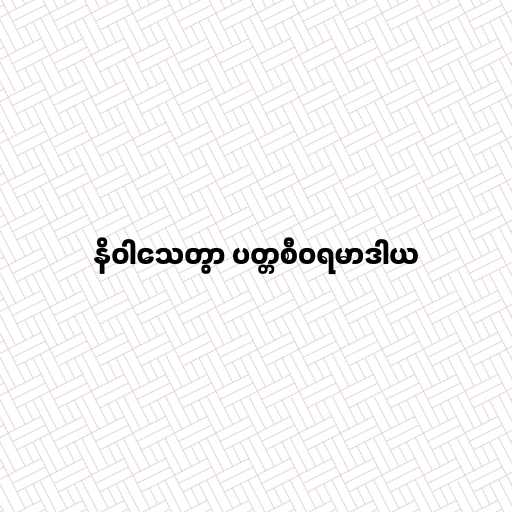
နိဝါသေတွာ ပတ္တစီဝရမာဒါယ